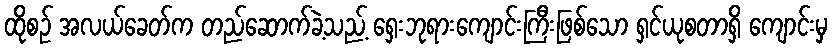
ထိုစဉ် အလယ်ခေတ်က တည်ဆောက်ခဲ့သည့် ရှေးဘုရားကျောင်းကြီးဖြစ်သော ရှင်ယုစတာရှိ ကျောင်းမှ